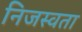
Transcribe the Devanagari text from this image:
निजस्वता